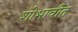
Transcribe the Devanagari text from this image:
शोभावीत